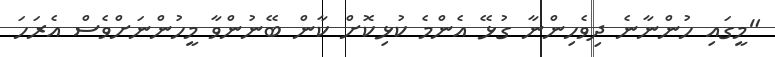
"މީގައި ހުންނާނެ ދިވެހިންނާ ގުޅޭ އެންމެ ކުޅިކޮށް ކާން ބޭނުންވާ މީހުންނަށްވެސް އެރަހަ